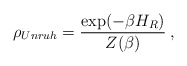
\begin{align*}\rho_{Unruh} = \frac{ \exp ( - \beta H_R ) }{ Z ( \beta ) } \>,\end{align*}